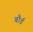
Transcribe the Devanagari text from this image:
बौर्ड